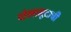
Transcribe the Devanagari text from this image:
दोलामुद्राची